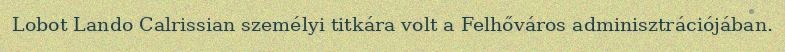
Lobot Lando Calrissian személyi titkára volt a Felhőváros adminisztrációjában.